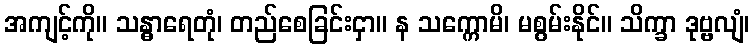
အကျင့်ကို။ သန္ဓာရေတုံ၊ တည်စေခြင်းငှာ။ န သက္ကောမိ၊ မစွမ်းနိုင်။ သိက္ခာ ဒုဗ္ဗလျံ၊